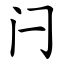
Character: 闩